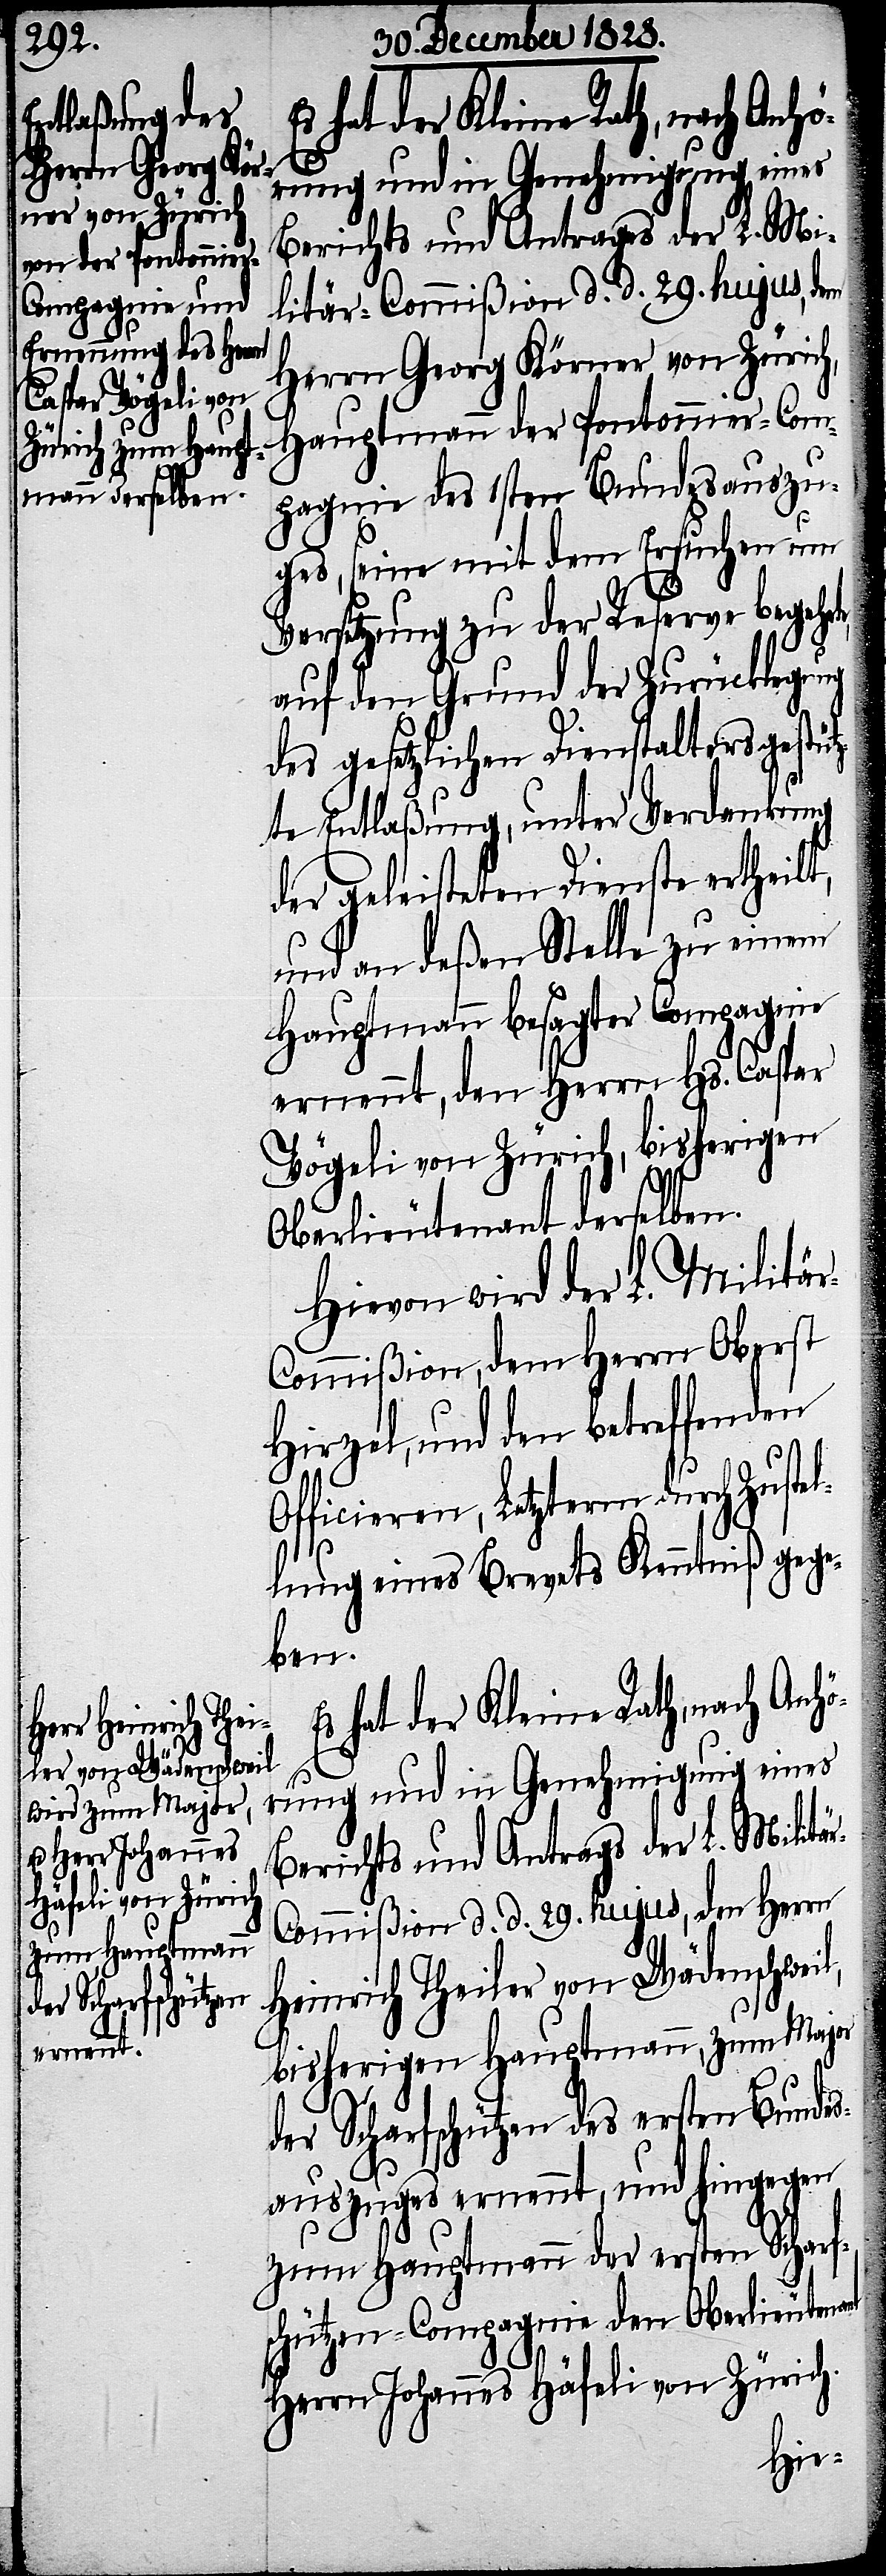
hat der Kleine Rath, nach Anh¬
Berichts und Antrags der L. Mi¬
litär-Commißion d. d. 29. hujus, den
Herrn Georg Körner von Zürich,
Hauptmann der Pontonnier-Com¬
pagnie des 1sten Bundesauszu¬
ges, seine mit dem Ersuchen um
Versetzung zu der Reserve begehrte,
auf den Grund der Zurücklegung
des gesetzlichen Dienstalters gestüt¬
zte Entlaßung, unter Verdenkung
der geleisteten Dienste ertheilt,
und an deßen Stelle zu einem
Hauptmann besagter Compagnie
ernennt, den Herrn Hs. Caspar
Vögeli von Zürich, bisherigen
Oberlieutenant derselben.
Hievor wird der L. Militär-C¬
ommißion, dem Herrn Oberst
Hirzel, und den betreffenden
Officieren, Letzterm durch Zuste¬
llung eines Brevets Kenntniß gege¬
ben.
rn Heinrich Thei¬
ler von Wädenschweil,
örung und in Genehmigung eines
bisherigen Hauptmann, zum Major
Scharfschützen des ersten Bundes¬
auszuges ernennt, und hingegen
zum Hauptmann der ersten Scharf¬
schützen-Compagnie den Oberlieutenant
Herrn Johannes Häfeli von Zürich.
Her¬